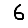
Digit: 6